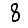
Digit: 8